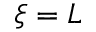
\xi = L